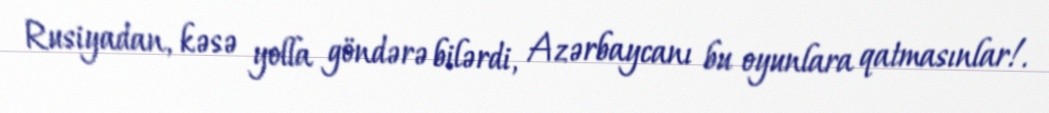
Rusiyadan, kəsə yolla göndərə bilərdi, Azərbaycanı bu oyunlara qatmasınlar!.